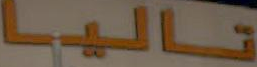
تاليا